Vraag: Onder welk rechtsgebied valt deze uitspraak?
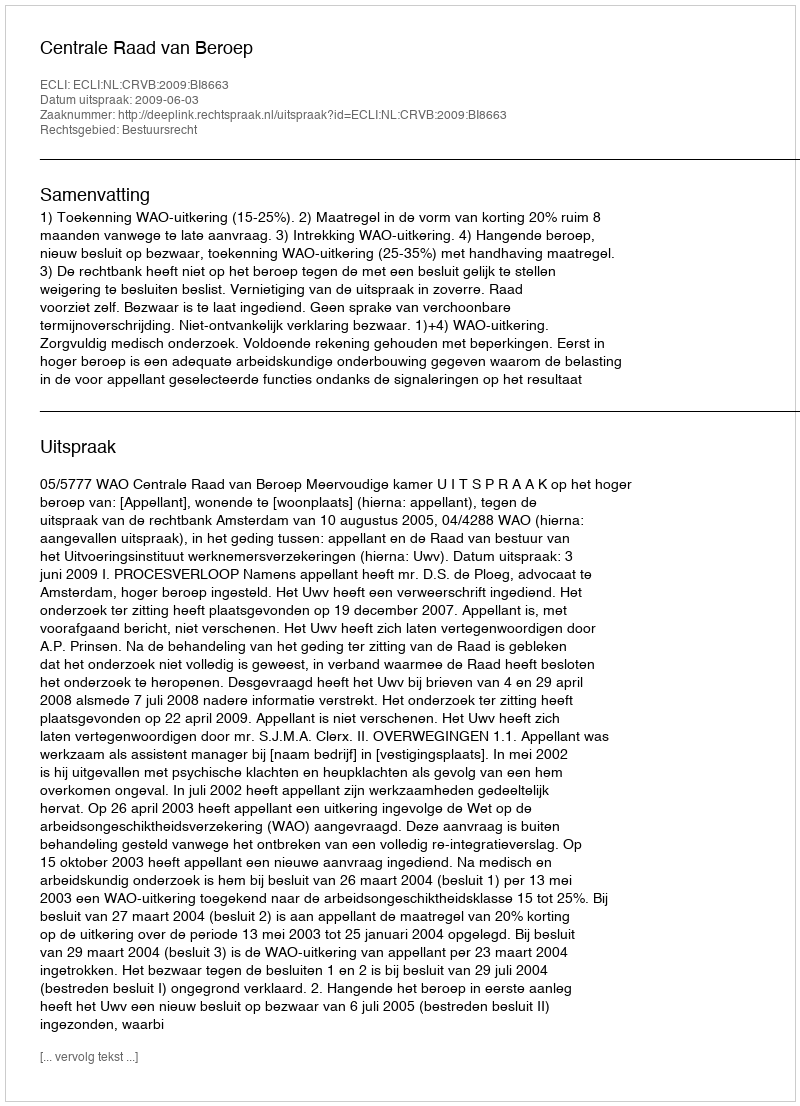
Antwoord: Bestuursrecht